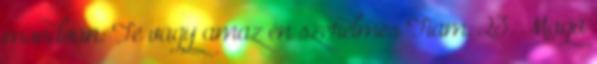
mondván: Te vagy amaz én szerelmes Fiam, 23. Maga